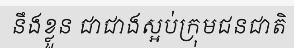
នឹងខ្លួន ជាជាងស្អប់ក្រុមជនជាតិ